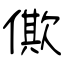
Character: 僛